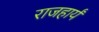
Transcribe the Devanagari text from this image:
राजहार्यं